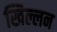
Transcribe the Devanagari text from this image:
खिल्लन